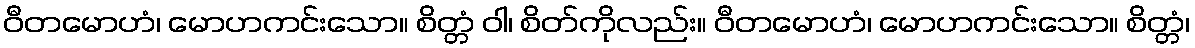
ဝီတမောဟံ၊ မောဟကင်းသော။ စိတ္တံ ဝါ၊ စိတ်ကိုလည်း။ ဝီတမောဟံ၊ မောဟကင်းသော။ စိတ္တံ၊